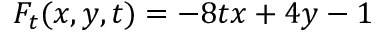
F _ { t } ( x , y , t ) = - 8 t x + 4 y - 1